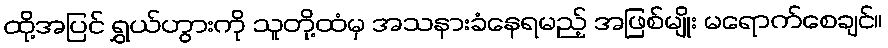
ထို့အပြင် ရွှယ်ဟွားကို သူတို့ထံမှ အသနားခံနေရမည့် အဖြစ်မျိုး မရောက်စေချင်။